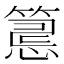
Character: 𥲅